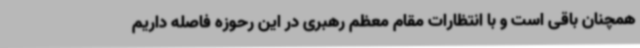
همچنان باقی است و با انتظارات مقام معظم رهبری در این رحوزه فاصله داریم